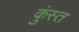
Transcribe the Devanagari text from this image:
कुंस्त